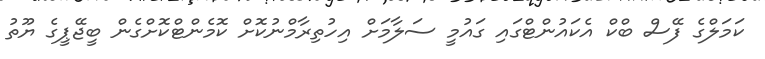
ކަމަލްގެ ފޭސް ބްކް އެކައުންޓްގައި ގައުމީ ސަލާމަށް އިހުތިރާމްނުކޮށް ކޮމެންޓްކޮށްގެން ބީޖޭޕީގެ ޔޫތު